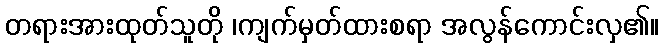
တရားအားထုတ်သူတို ၊ကျက်မှတ်ထားစရာ အလွန်ကောင်းလှ၏။